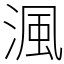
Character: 渢